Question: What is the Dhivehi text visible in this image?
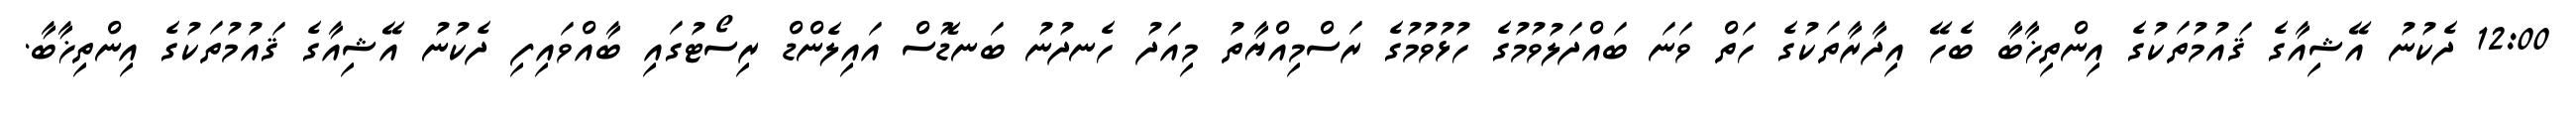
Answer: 12:00 ދެކުނު އޭޝިއާގެ ޤައުމުތަކުގެ އިންތިޚާބާ ބެހޭ އިދާރާތަކުގެ ހަތް ވަނަ ބައްދަލުވުމުގެ ހުޅުވުމުގެ ރަސްމިއްޔާތު މިއަދު ހެނދުނު ބަނޑޮސް އައިލެންޑް ރިސޯޓުގައި ބާއްވައިފި ދެކުނު އޭޝިއާގެ ޤައުމުތަކުގެ އިންތިޚާބާ.